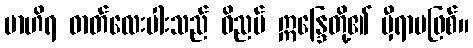
ဗာဟိရ ဓာတ်လေးပါးသည် ဝိညပ် ဣန္ဒြေတို့၏ မှီရာမဖြစ်။